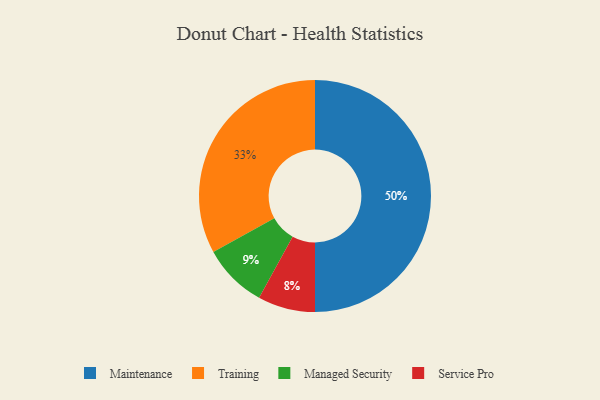
{"axis": {"x": "Category", "y": "Percentage"}, "legend": ["Maintenance", "Managed Security", "Service Pro", "Training"], "data": [{"x": "Training", "y": 33, "type": "Training"}, {"x": "Managed Security", "y": 9, "type": "Managed Security"}, {"x": "Service Pro", "y": 8, "type": "Service Pro"}, {"x": "Maintenance", "y": 50, "type": "Maintenance"}]}